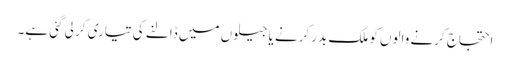
احتجاج کرنے والوں کو ملک بدر کرنے یاجیلوں میں ڈالنے کی تیاری کر لی گئی ہے۔